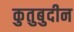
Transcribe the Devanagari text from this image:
कुतुबुदीन